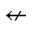
\nleftarrow